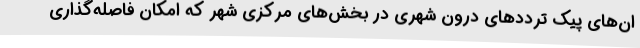
ان‌های پیک ترددهای درون شهری در بخش‌های مرکزی شهر که امکان فاصله‌گذاری